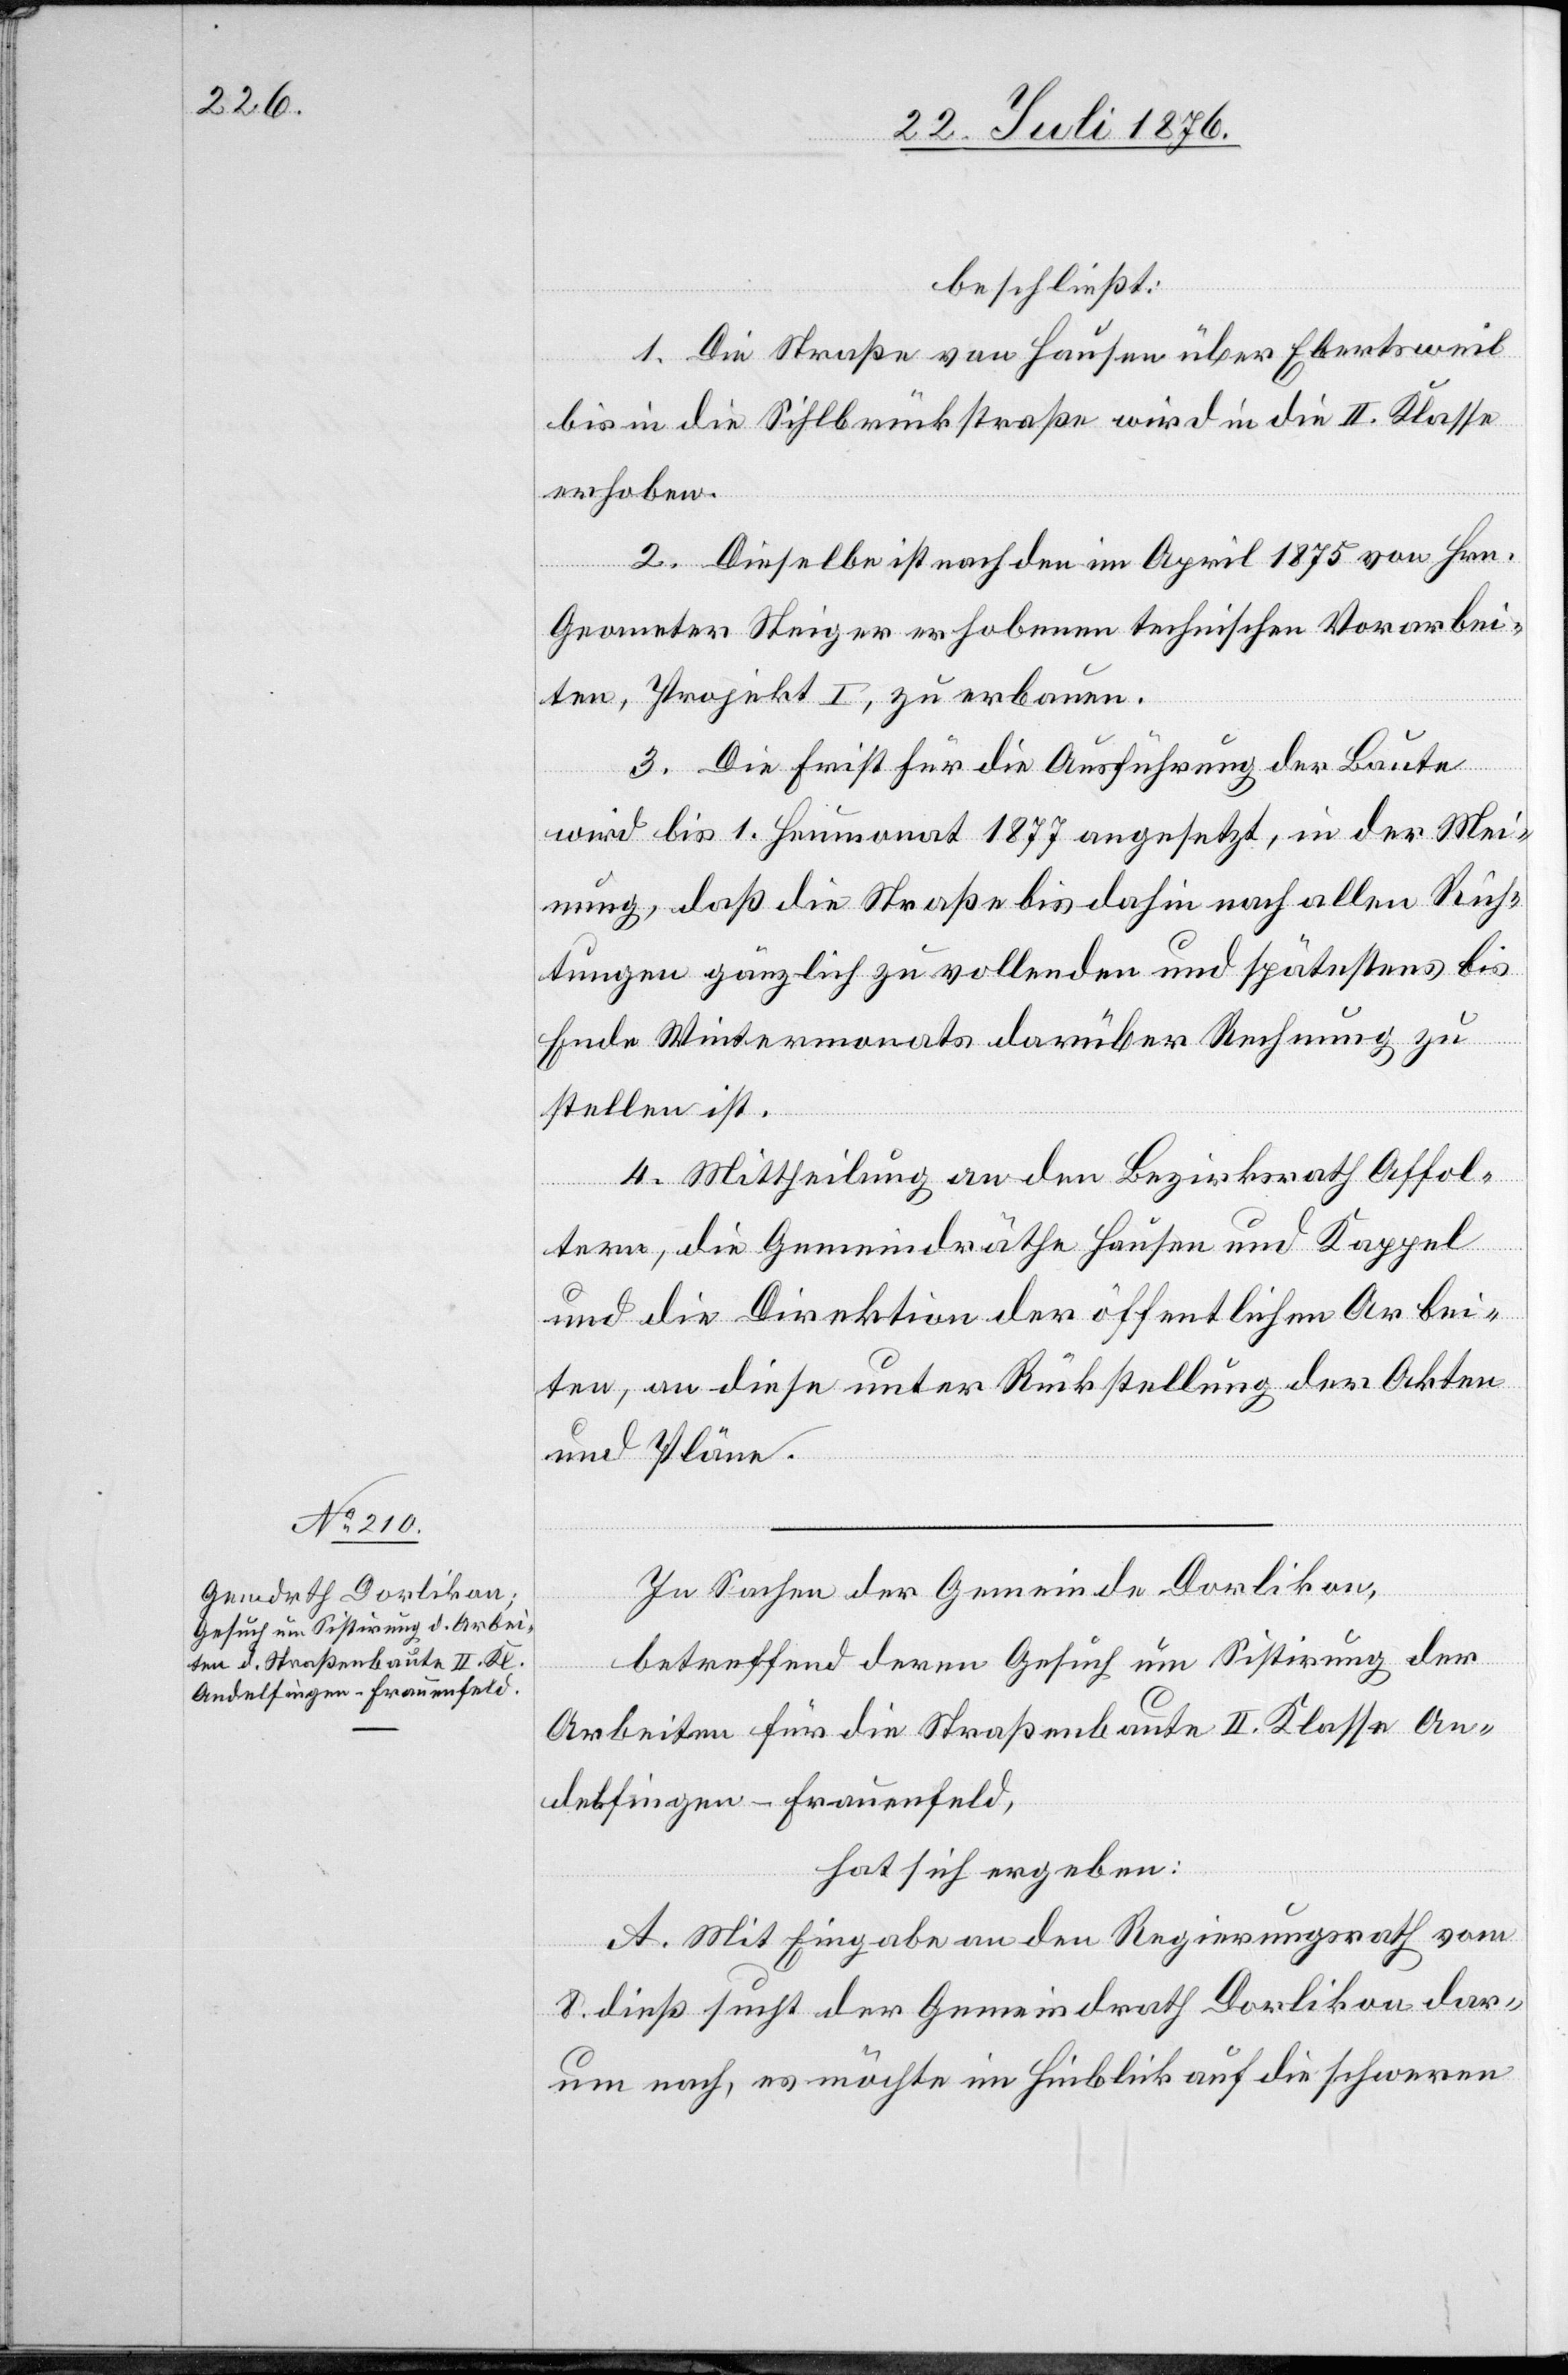
beschließt:
1. Die Straße von Hausen über Ebertsweil
bis in die Sihlbrückstraße wird in die II. Klasse
erhoben.
2. Dieselbe ist nach den im April 1875 von Hrn.
Geometer Steiger erhobenen technischen Vorarbei¬
ten, Projekt I, zu erbauen.
3. Die Frist für die Ausführung der Baute
wird bis 1. Heumonat 1877 angesetzt, in der Mei¬
nung, daß die Straße bis dahin nach allen Rich¬
tungen gänzlich zu vollenden und spätestens bis
Ende Wintermonats darüber Rechnung zu
stellen ist.
4. Mittheilung an den Bezirksrath Affol¬
tern, die Gemeindräthe Hausen und Kappel
und die Direktion der öffentlichen Arbei¬
ten, an diese unter Rückstellung der Akten
und Pläne.
In Sachen der Gemeinde Dorlikon,
betreffend deren Gesuch um Sistirung der
Arbeiten für die Straßenbaute II. Klasse An¬
delfingen–Frauenfeld,
hat sich ergeben:
A. Mit Eingabe an den Regierungsrath vom
8. dieß sucht der Gemeindrath Dorlikon dar¬
um nach, es möchte im Hinblick auf die schweren